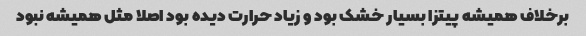
برخلاف همیشه پیتزا بسیار خشک بود و زیاد حرارت دیده بود اصلا مثل همیشه نبود